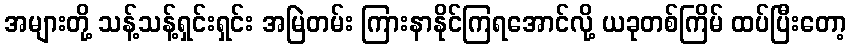
အများတို့ သန့်သန့်ရှင်းရှင်း အမြဲတမ်း ကြားနာနိုင်ကြရအောင်လို့ ယခုတစ်ကြိမ် ထပ်ပြီးတော့